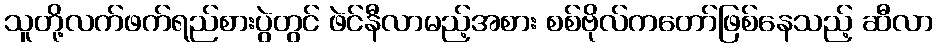
သူတို့လက်ဖက်ရည်စားပွဲတွင် ဖဲင်နီလာမည့်အစား စစ်ဗိုလ်ကတော်ဖြစ်နေသည့် ဆီလာ